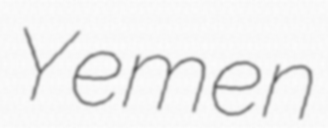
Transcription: Yemen